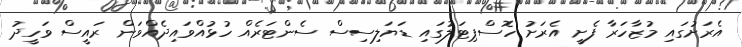
އެރަށުގައި މުޒާހަރާ ފެށީ އެރަށު ހޮސްޕިޓަލުގައި ޑަޔަލިސިސް ސެންޓަރެއް ހުޅުއްވައިދެއްވަން ރައީސް ވަހީދު